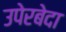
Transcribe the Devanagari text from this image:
उपेरबेदा